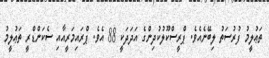
ތަޢުލީމު ފުރުސަތު ލިބޭނެއެވެ. ޕްރީސްކޫލުކުދިންގެ އަދަދަކީ 88 އެވެ. ޕްރައިމަރީއާއި ސެކަންޑްރީ ތަޢުލީމު